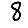
Digit: 8